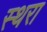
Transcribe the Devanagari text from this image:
स्थरा